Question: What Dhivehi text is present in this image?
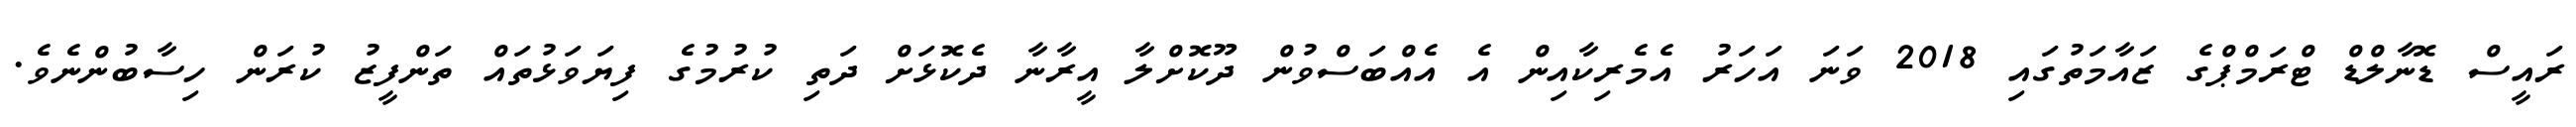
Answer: ރައީސް ޑޮނާލްޑް ޓްރަމްޕްގެ ޒައާމަތުގައި 2018 ވަނަ އަހަރު އެމެރިކާއިން އެ އެއްބަސްވުން ދޫކޮށްލާ އީރާނާ ދެކޮޅަށް ދަތި ކުރުމުގެ ފިޔަވަޅުތައް ތަންފީޒު ކުރަން ހިސާބުންނެވެ.